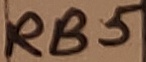
Text: RB5